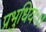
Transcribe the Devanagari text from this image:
प्रभुधियः।।